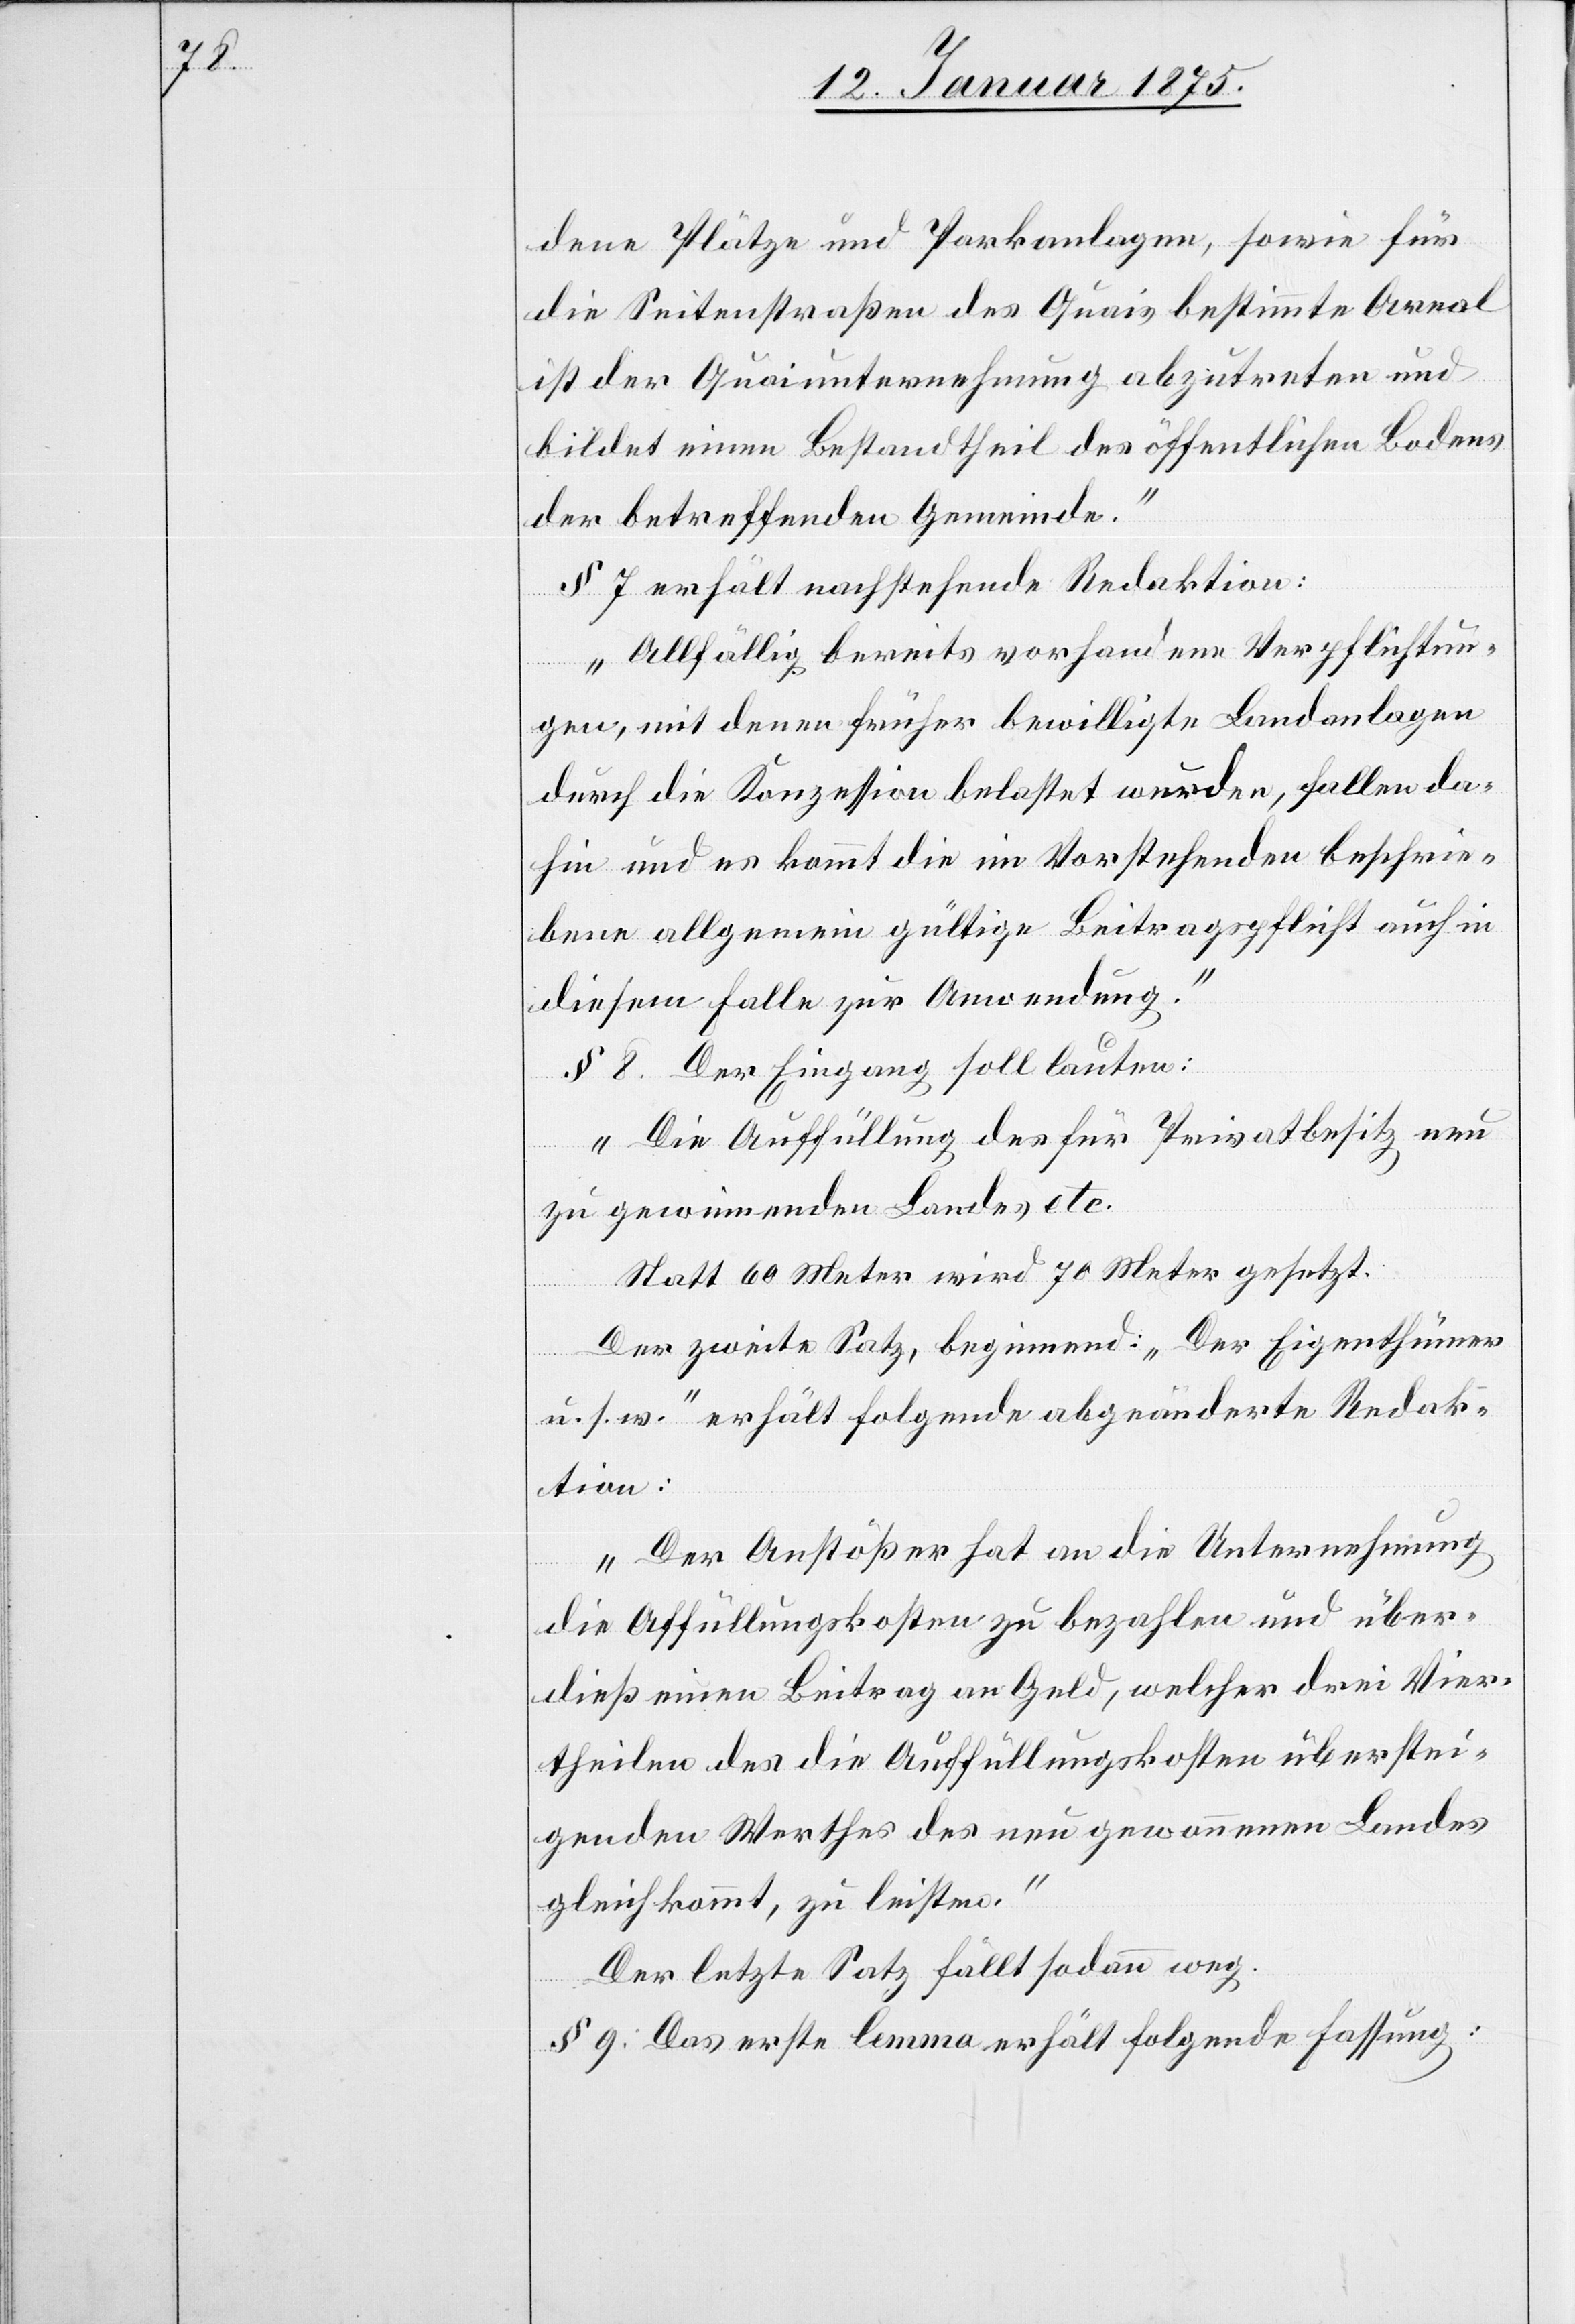
dene Plätze und Parkanlagen, sowie für
die Seitenstraßen des Quais bestimmte Areal
ist der Quaiunternehmung abzutreten und
bildet einen Bestandtheil des öffentlichen Bodens
der betreffenden Gemeinden.“
§ 7 erhält nachstehende Redaktion:
„Allfällig bereits vorhandene Verpflichtun¬
gen, mit denen früher bewilligte Landanalgen
durch die Konzession belastet wurden, fallen da¬
hin und es kommt die im Vorstehenden beschrie¬
bene allgemein gültige Beitragspflicht auch in
diesem Falle zu Anwendung.“
§ 8. Der Eingang soll lauten:
„Die Auffüllung des für Privatbesitz neu
zu gewinnenden Landes etc.
Statt 60 Meter wird 70 Meter gesetzt.
Der zweite Satz, beginnend: „Der Eigenthümer
u. s. w.“ erhält folgende abgeänderte Redak¬
tion:
„Der Anstößer hat an die Unternehmung
die Auffüllungskosten zu bezahlen und über¬
dieß einen Beitrag an Geld, welchen drei Vier¬
theilen des die Auffüllungskosten überstei¬
genden Werthes des neu gewonnenen Landes
gleichkommt, zu leisten.“
Der letzte Satz fällt sodann weg.
§ 9. Das erste lemma erhält folgende Fassung: